Indian journal of veterinary science and animal husbandry - Volumes 26-27, 1956-1957
Year: 1956
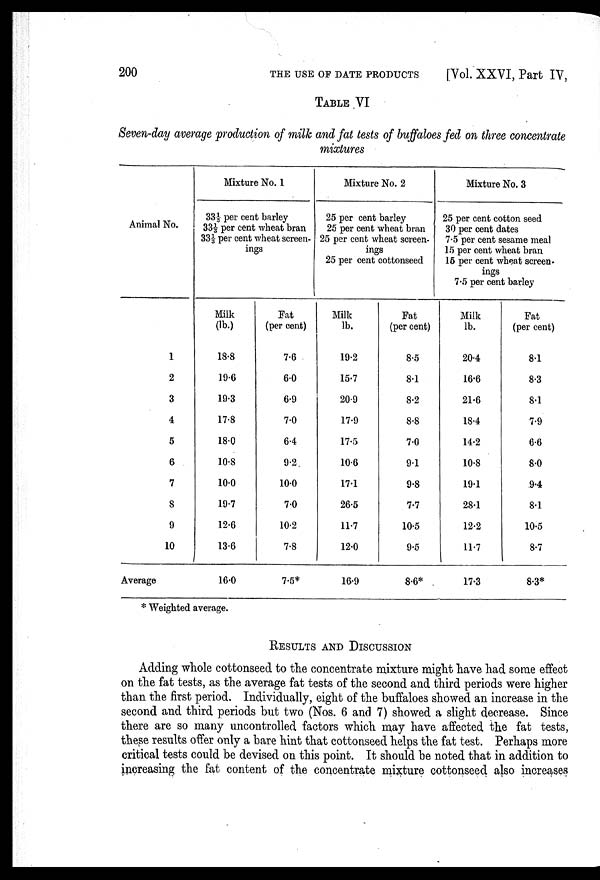
200
THE
USE
OF
DATE
PRODUCTS
[Vol. XXVI, Part IV,
TABLE VI
Seven-day average production of milk and fat tests of buffaloes fed on three concentrate
mixtures
Animal No.
1
2
3
4
5
6
7
8
9
10
Average
Mixture No. 1
33⅓ per cent barley
33⅓ per cent wheat bran
33⅓ per cent wheat screen
ings
Milk
(lb.)
18.8
19.6
19.3
17.8
18.0
10.8
10.0
19.7
12.6
13.6
16.0
Fat
(per cent)
7.6
6.0
6.9
7.0
64
9.2
10.0
7.0
10.2
7.8
7.5*
Mixture No. 2
25 per cent barley
25 per cent wheat bran
25 per cent wheat screen
ings
25 per cent cottonseed
Milk
lb.
19.2
15.7
20.9
17.9
17.5
10.6
17.1
26.5
11.7
12.0
16.9
Fat
(per cent)
8.5
8.1
8.2
8.8
7.0
9.1
9.8
7.7
10.5
9.5
8.6*
Mixture No. 3
25 per cent cotton seed
30 per cent dates
7.5 per cent sesame meal
15 per cent wheat bran
15 per cent wheat screen
7.5 per cent barley
Milk
lb.
20.4
16.6
21.6
18.4
14.2
10.8
19.1
28.1
12.2
11.7
17.3
Fat
(per cent)
8.1
8.3
8.1
7.9
6.6
8.0
9.4
8.1
10.5
8.7
8.3*
* Weighted average.
RESULTS AND DISCUSSION
Adding whole cottonseed to the concentrate mixture might have had some effect
on the fat tests, as the average fat tests of the second and third periods were higher
than the first period. Individually, eight of the buffaloes showed an increase in the
second and third periods but two (Nos. 6 and 7) showed a slight decrease. Since
there are so many uncontrolled factors which may have affected the fat tests,
these results offer only a bare hint that cottonseed helps the fat test. Perhaps more
critical tests could be devised on this point. It should be noted that in addition to
increasing the fat content of the concentrate mixture cottonseed also increases